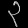
Digit: ၃